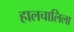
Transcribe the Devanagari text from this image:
हालचालिला